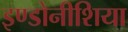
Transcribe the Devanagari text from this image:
इण्डोनीशिया